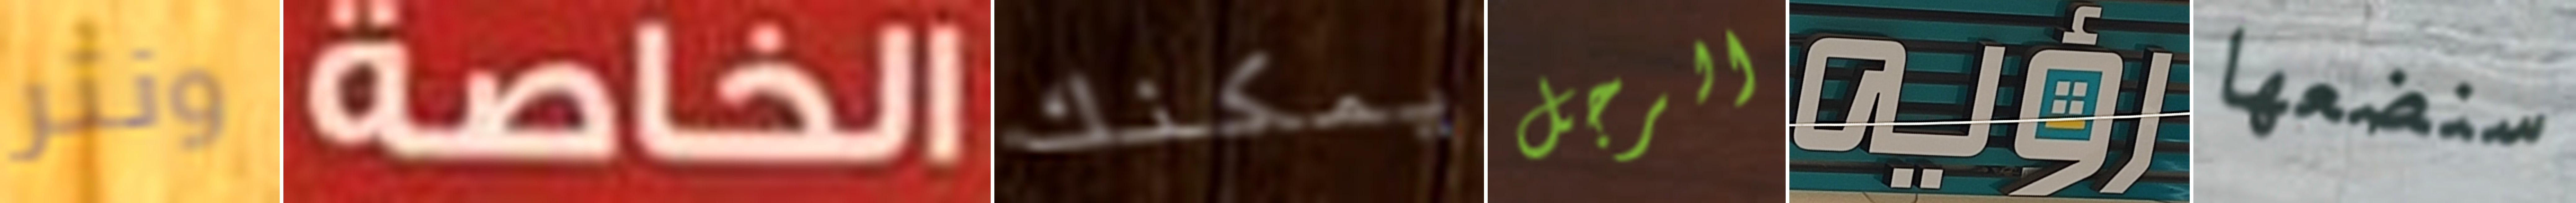
ونتر الخاصة يمكنك الرجل رؤيه سنضعها